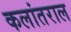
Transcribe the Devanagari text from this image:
कलांतराल